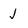
Character: j